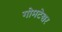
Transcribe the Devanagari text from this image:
गोमटेश्वर